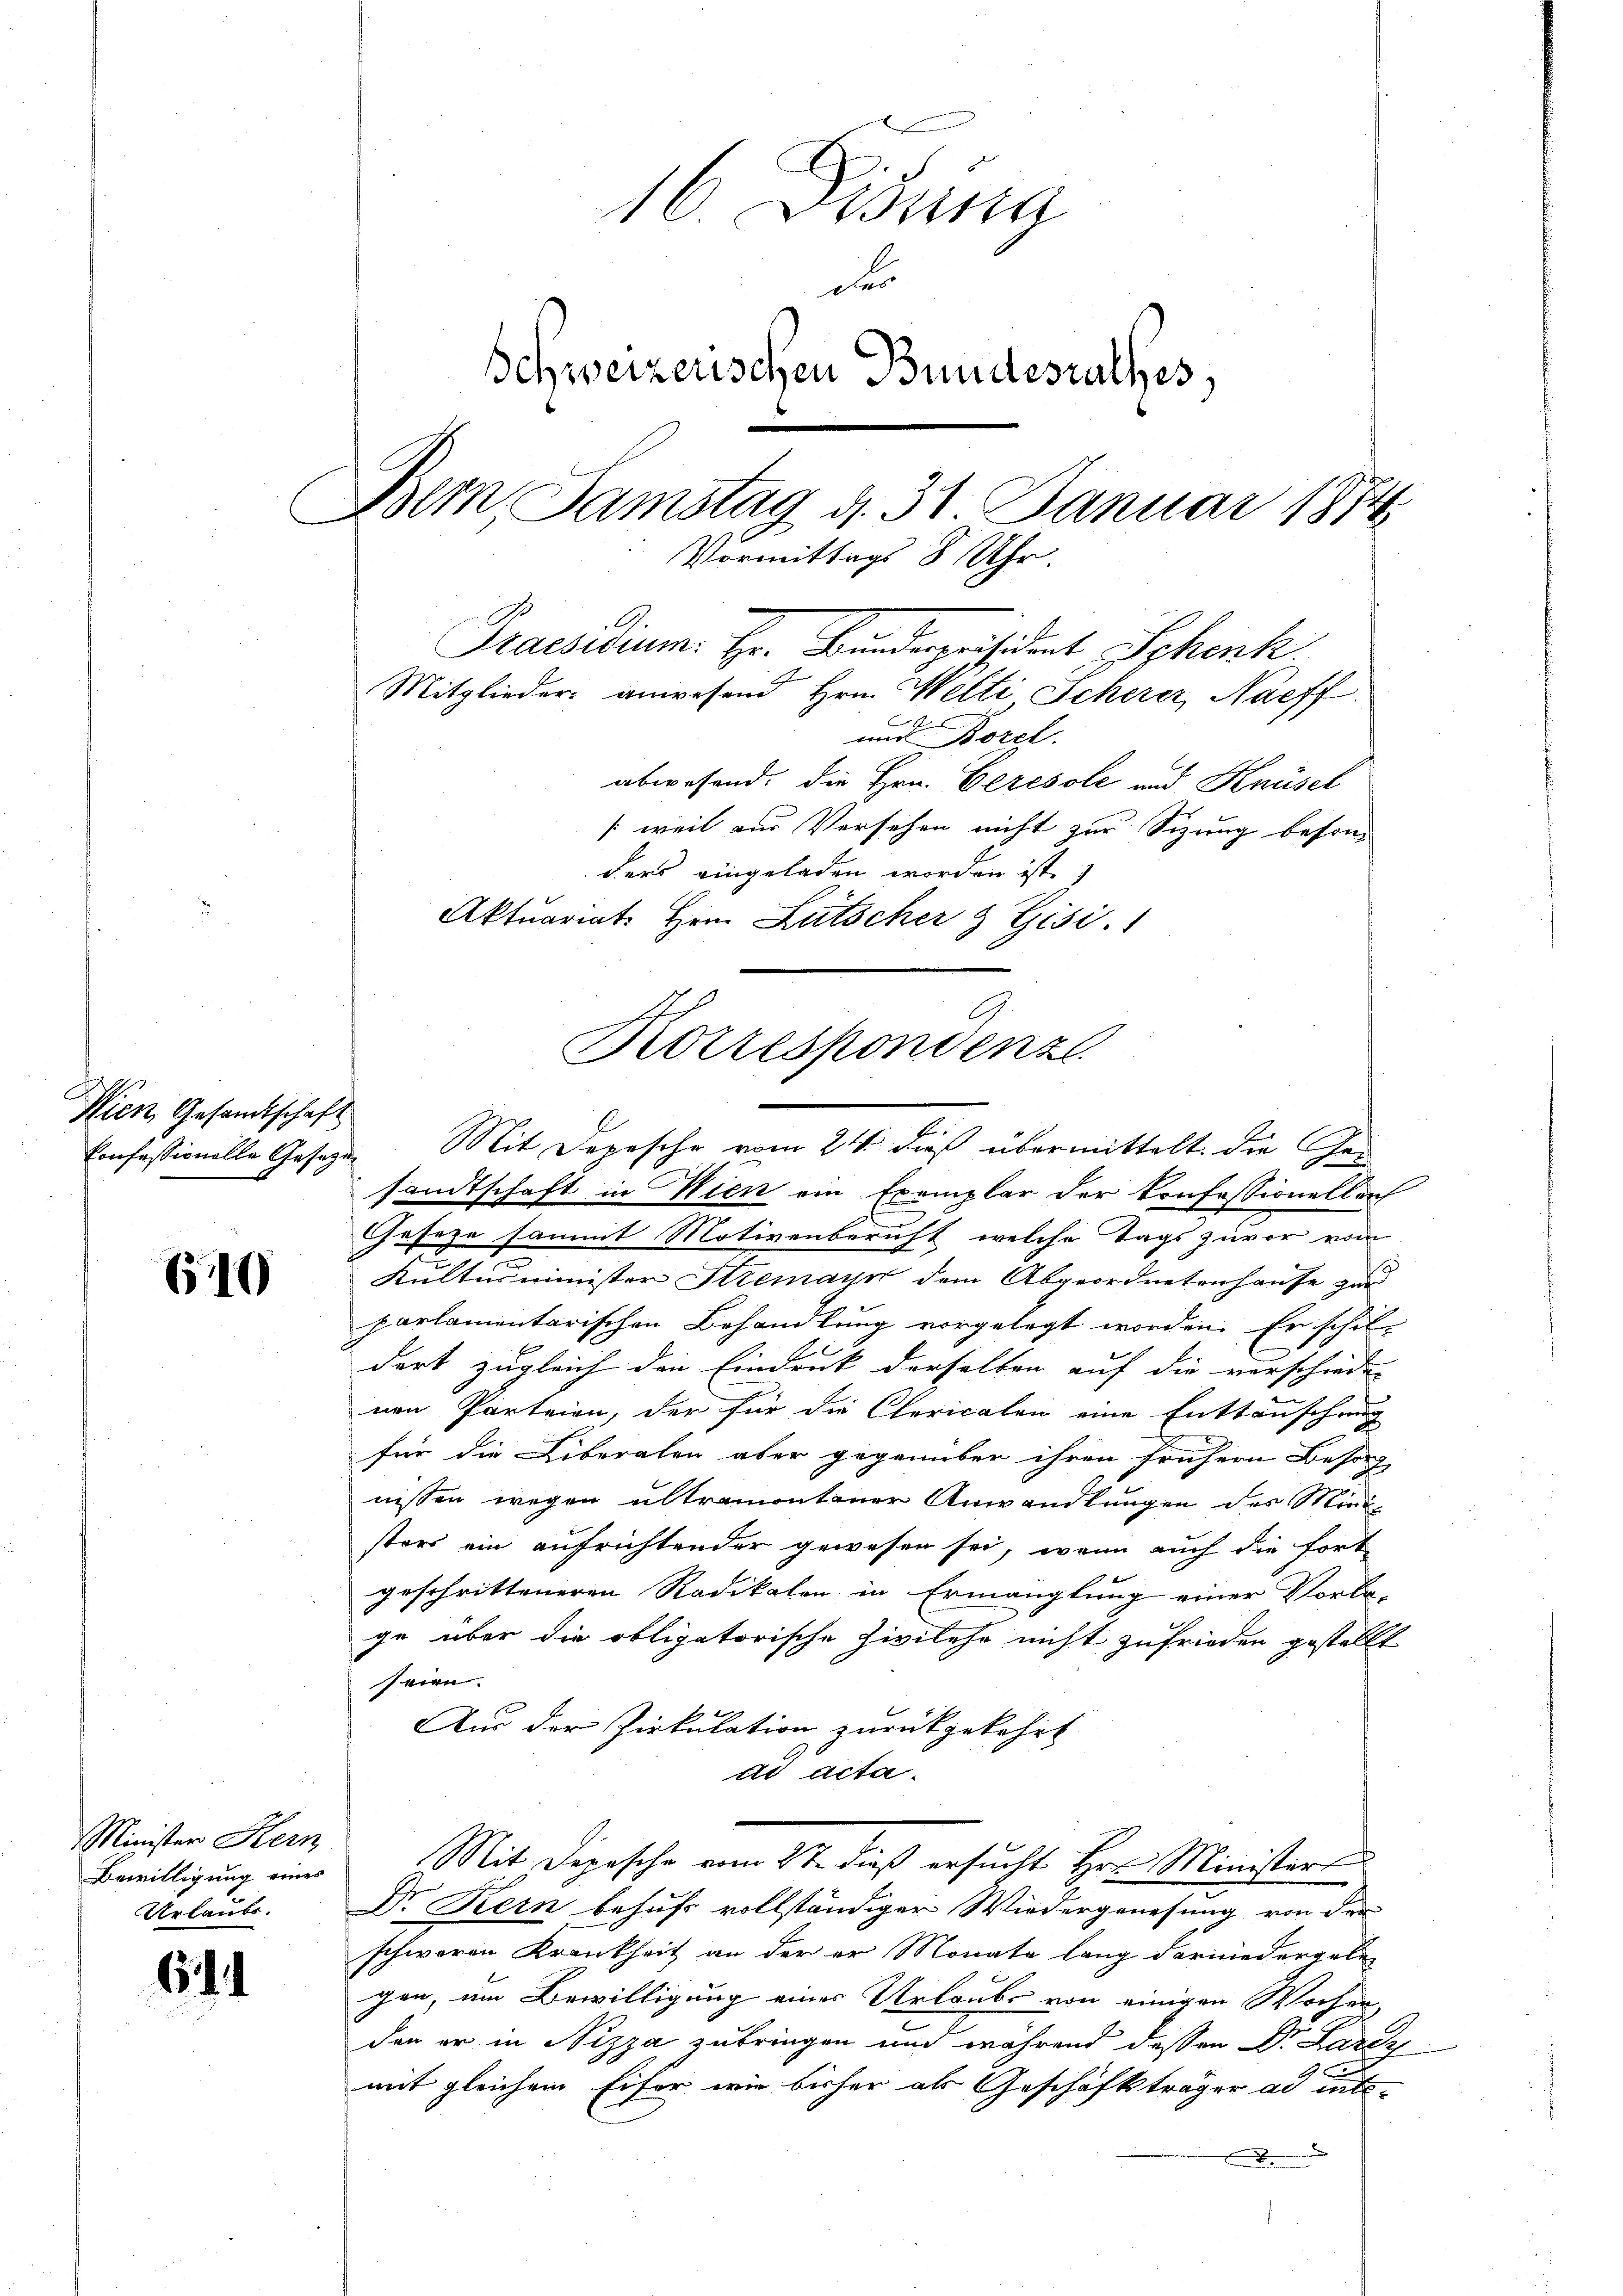
Nien Gesandtschaft

60

Minister Kern
Bewilligung eines
Urlaubs.

61

16. Disung
des
Schweizerischen Bundesrathes,
Bern Samstag d. 31 Januar 1874
Vormittags 8 Uhr.
Praesidium. Hr. Bundespräsident Schenk.
Mitglieder anwesend Hrn. Welti Scherer, Naeff
und Borel.
abwesend. Die Hrn. Geresole und Knüsel
weit von Versehen nicht zur Sizung besonders eingeladen worden ist.)
Aktuariat Hrn. Lütscher & Gisi

Korrespondenz
.
Confessionelle Gesetzen. Mit Depesche vom 24. dieß übermittelt. Die Ge¬

sandtschaft in Wien ein Exemplar der Konfessionellach
Geseze sammt Motivenberuft, welche Tags zuvor vom
Kulturminister Stremayn dem Abgeordnetenhause zur
parlamentarischen Behandlung vorgelegt worden. Er schil-
dort zugleich den Eindruck derselben auf die verschieden |
nen Parteien, der für die Clericaten eine Enttäuschung
für die Liberalen aber gegenüber ihren frühern Besuch
nissen wegen altramontener Anwandlungen des Ministers ein aufrichtender gewesen sei, wenn auch die fort
geschritteneren Radikalen in Ermanglung einer Vorla-
ge über die obligatorische Zivilehe nicht zufrieden gestellt
seien.
Aus der Zirkulation zurückgekehrt
ad acta.
Mit Depesche vom 27. dieß ersucht Hrn. Ministers
Dr Kern behufs vollständiger Wiedergenesung von der
schweren Krankheit an der er Monate lang darniedergeben
gen, um Bewilligung einer Urlaubs von einigen Wochen,
den er in Nizza zubringen und während dessen Dr. Lareze
mit gleichem Eifer wie bisher als Geschäftsträger ad inte¬
.